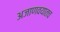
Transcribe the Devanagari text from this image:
अजाणवयातच